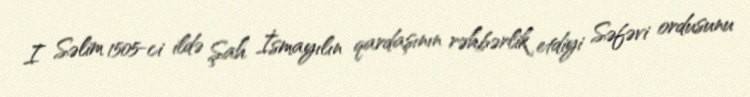
I Səlim 1505-ci ildə Şah İsmayılın qardaşının rəhbərlik etdiyi Səfəvi ordusunu